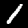
Label: 1